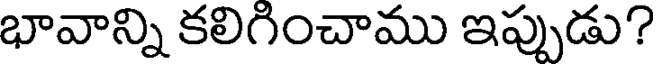
భావాన్ని కలిగించాము ఇప్పుడు?